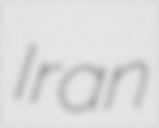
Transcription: Iran